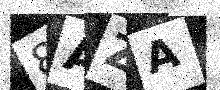
Text: 8AZA